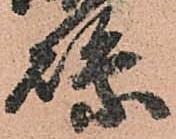
縣